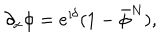
\partial _ { x } \phi = { \mathrm e } ^ { \imath \delta } ( 1 - \bar { \phi } ^ { N } ) ,